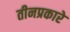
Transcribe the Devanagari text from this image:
तीनप्रकारे